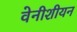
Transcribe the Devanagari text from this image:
वेनीशीयन